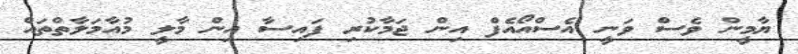
ޔާމީން ވެސް ވަނީ އެސްއޯއެފް އިން ޖަމާކުރި ފައިސާ އިން މާލީ މުއާމަލާތްތައް